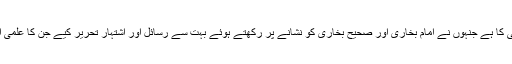
ان اعتراضات کی بارش کرنے والوں میں سے ایک نمایاں نام مولوی عمر کریم حنفی کا ہے جنہوں نے امام بخاری اور صحیح بخاری کو نشانے پر رکھتے ہوئے بہت سے رسائل اور اشتہار تحریر کیے جن کا علمی اور سنجیدہ اسلوب میں مولانا ابوالقاسم سیف بنارسی نے مختلف رسائل میں جواب دیا۔